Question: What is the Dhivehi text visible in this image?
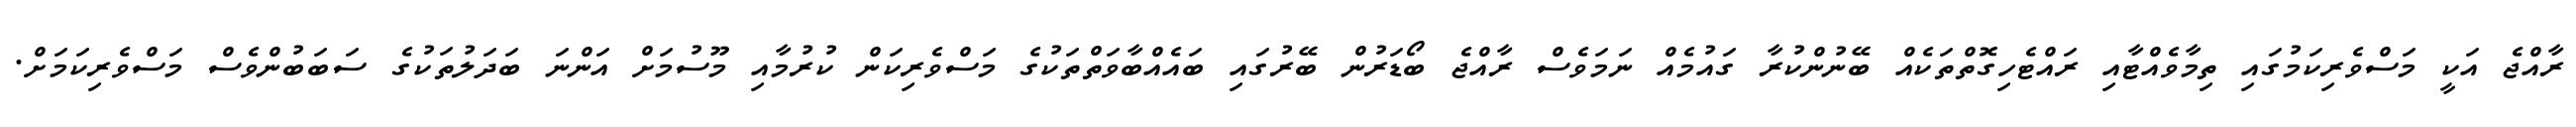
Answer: ރާއްޖެ އަކީ މަސްވެރިކަމުގައި ތިމާވެއްޓާއި ރައްޓެހިގޮތްތަކެއް ބޭނުންކުރާ ގައުމެއް ނަމަވެސް ރާއްޖެ ބޯޑަރުން ބޭރުގައި ބައެއްބާވަތްތަކުގެ މަސްވެރިކަން ކުރުމާއި މޫސުމަށް އަންނަ ބަދަލުތަކުގެ ސަބަބުންވެސް މަސްވެރިކަމަށް.